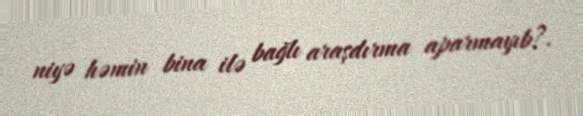
niyə həmin bina ilə bağlı araşdırma aparmayıb?.